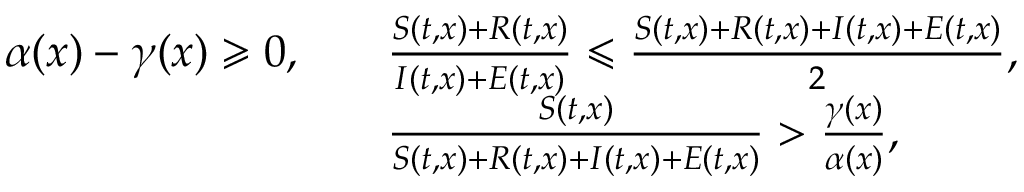
\begin{array} { r l } { \alpha ( x ) - \gamma ( x ) \geqslant 0 , \quad } & { \frac { S ( t , x ) + R ( t , x ) } { I ( t , x ) + E ( t , x ) } \leqslant \frac { S ( t , x ) + R ( t , x ) + I ( t , x ) + E ( t , x ) } { 2 } , } \\ & { \frac { S ( t , x ) } { S ( t , x ) + R ( t , x ) + I ( t , x ) + E ( t , x ) } > \frac { \gamma ( x ) } { \alpha ( x ) } , } \end{array}